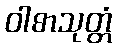
ဝါစာသုတ္တံ